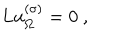
L u _ { \Omega } ^ { ( \sigma ) } = 0 \ ,